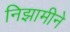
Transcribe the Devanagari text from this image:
निझामीने